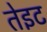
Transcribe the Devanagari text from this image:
तेइट